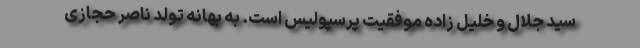
سید جلال و خلیل زاده موفقیت پرسپولیس است. به بهانه تولد ناصر حجازی